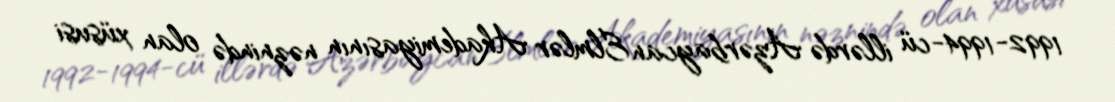
1992-1994-cü illərdə Azərbaycan Elmlər Akademiyasının nəznində olan xüsusi